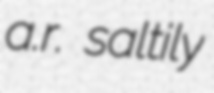
a.r. saltily